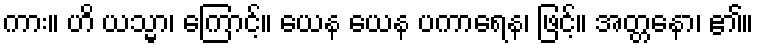
ကား။ ဟိ ယသ္မာ၊ ကြောင့်။ ယေန ယေန ပကာရေန၊ ဖြင့်။ အတ္တနော၊ ၏။